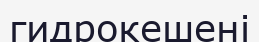
гидрокешені